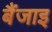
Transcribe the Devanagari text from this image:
बैंजाइ